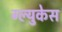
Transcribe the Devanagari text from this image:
ग्ल्युकेस